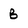
Character: B